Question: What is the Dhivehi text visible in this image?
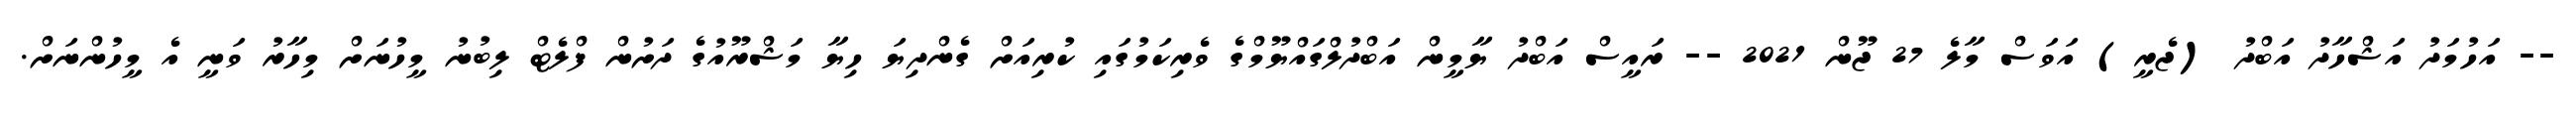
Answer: -- އަހުމަދު އަޝްހާދު އަބްދު (ޖެރީ) އަވަސް މާލެ 27 ޖޫން 2021 -- ރައީސް އަބްދު ޔާމީން އަބްދުލްގައްޔޫމްގެ ވެރިކަމުގައި ކުރިއަށް ގެންދިޔަ ހިޔާ މަޝްރޫއުގެ ދަށުން ފްލެޓް ލިބުނު މީހުނަށް މިހާރު ވަނީ އެ މީހުންނަށް.